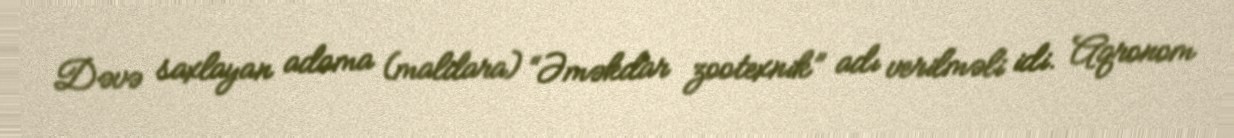
Dəvə saxlayan adama (maldara) “Əməkdar zootexnik” adı verilməli idi. Aqronom